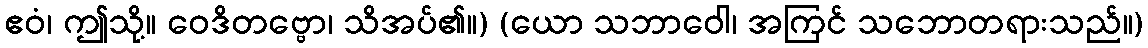
ဧဝံ၊ ဤသို့။ ဝေဒိတဗ္ဗော၊ သိအပ်၏။) (ယော သဘာဝေါ၊ အကြင် သဘောတရားသည်။)